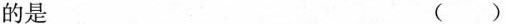
的是 ()